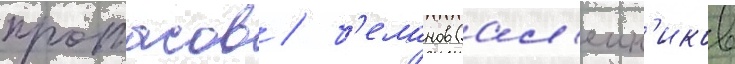
протасов / б'еланов (ал'еин'иков